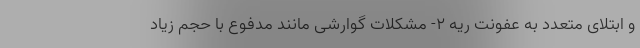
و ابتلای متعدد به عفونت ریه ۲- مشکلات گوارشی مانند مدفوع با حجم زیاد